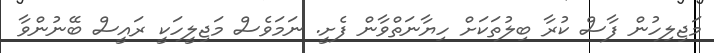
މަޖިލިހުން ފާސް ކުރާ ބިލުތަކަށް ހިޔާނަތްވާން ފެށީ. ނަމަވެސް މަޖިލީހަކީ ރައީސް ބޭނުންވާ